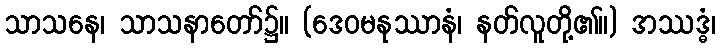
သာသနေ၊ သာသနာတော်၌။ (ဒေဝမနုဿာနံ၊ နတ်လူတို့၏။) အဿဒ္ဓံ၊